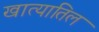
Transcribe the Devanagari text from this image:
खात्यातिल